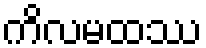
ကိလမထဿ